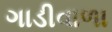
ગાડીવાળા